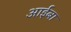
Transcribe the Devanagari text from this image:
आईबा